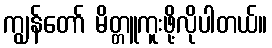
ကျွန်တော် မိတ္တူကူးဖို့လိုပါတယ်။